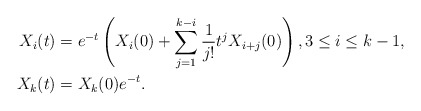
\begin{align*}X_i(t) &= e^{-t}\left(X_i(0) + \sum_{j = 1}^{k-i}\frac{1}{j!}t^jX_{i+j}(0)\right), 3 \le i \le k - 1, \\X_k(t) &= X_k(0) e^{-t}.\end{align*}